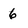
Character: 6